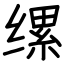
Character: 缧